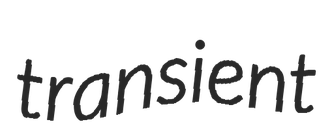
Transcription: transient